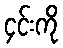
၄င်းကို